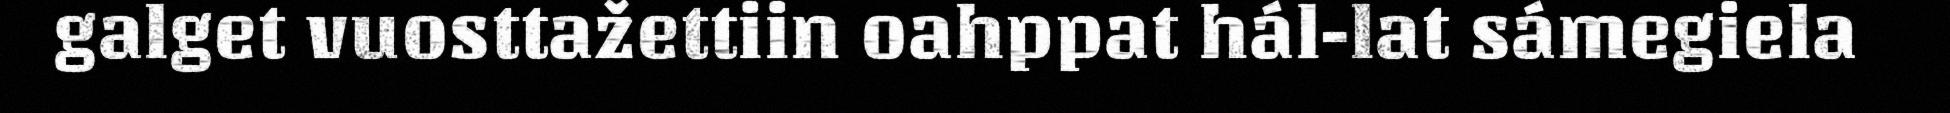
galget vuosttažettiin oahppat hál-lat sámegiela